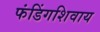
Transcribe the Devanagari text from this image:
फंडिंगशिवाय